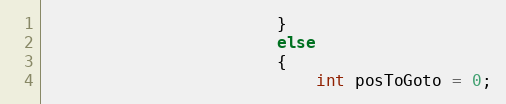
Language: C++
						}
						else
						{
							int posToGoto = 0;